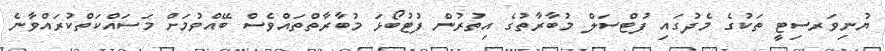
ޔުނިވަރސިޓީ ތަކުގެ މެދުގައި ފުޓްސަލް މުބާރާތުގެ އިތުރުން ފުޓުބޯޅަ މުބާރާތްތައްވެސް ބޭއްވުމަށް މަސައްކަތްކުރައްވާނެ